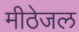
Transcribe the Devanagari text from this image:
मीठेजल